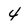
Character: 4